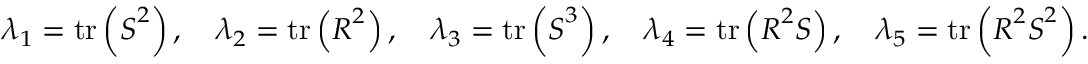
\lambda _ { 1 } = \operatorname { t r } \left( \boldsymbol { S } ^ { 2 } \right) , \quad \lambda _ { 2 } = \operatorname { t r } \left( \boldsymbol { R } ^ { 2 } \right) , \quad \lambda _ { 3 } = \operatorname { t r } \left( \boldsymbol { S } ^ { 3 } \right) , \quad \lambda _ { 4 } = \operatorname { t r } \left( \boldsymbol { R } ^ { 2 } \boldsymbol { S } \right) , \quad \lambda _ { 5 } = \operatorname { t r } \left( \boldsymbol { R } ^ { 2 } \boldsymbol { S } ^ { 2 } \right) .